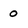
Character: 0